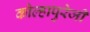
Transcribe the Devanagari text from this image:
कोल्हापुरेजी